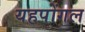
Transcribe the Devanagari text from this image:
यहपोंगल